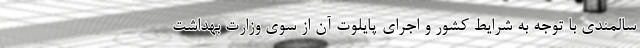
سالمندی با توجه به شرایط کشور و اجرای پایلوت آن از سوی وزارت بهداشت